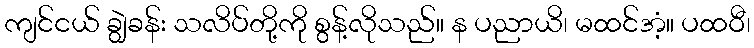
ကျင်ငယ် ချွဲခန်း သလိပ်တို့ကို စွန့်လိုသည်။ န ပညာယိ၊ မထင်အံ့။ ပထဝီ၊